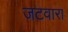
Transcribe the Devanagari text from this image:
जटवारा